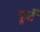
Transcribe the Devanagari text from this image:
फूटै